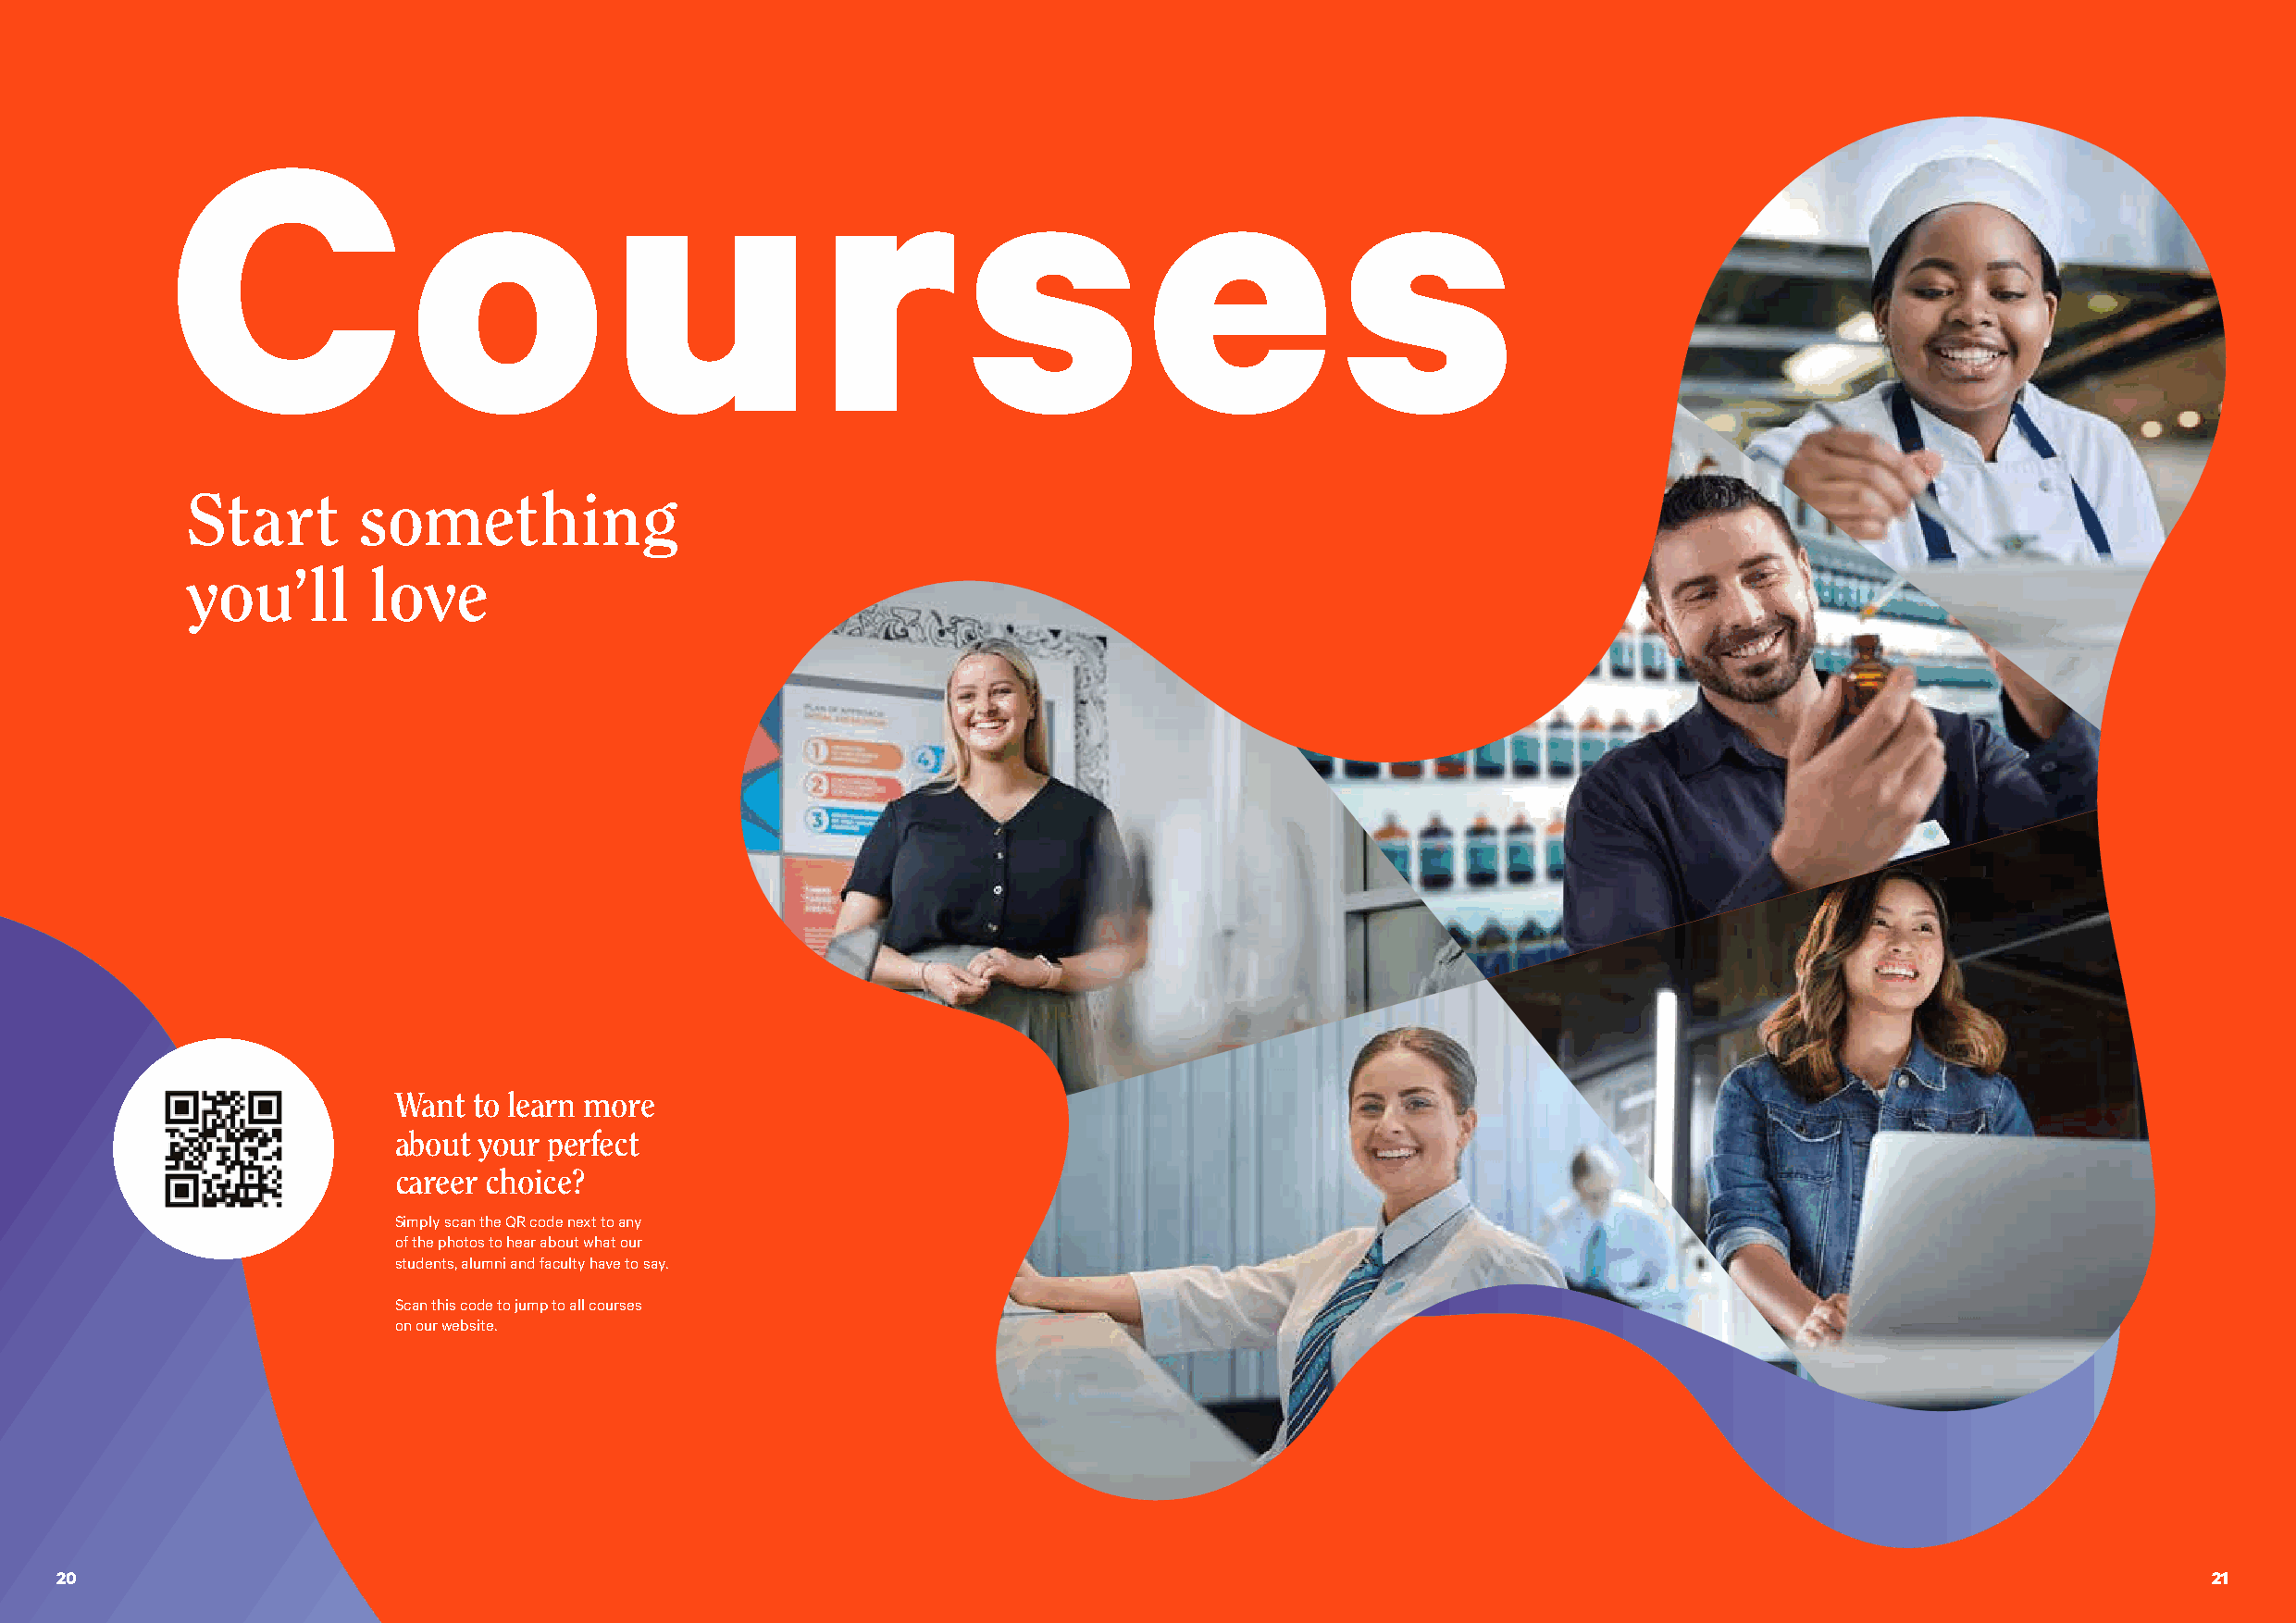
C                o              u              rs                     e             s
 Start        something
 you’ll       love
 Want  to learn more
 about your perfect
 career choice?
 Simply scan the QR code next to any
 of the photos to hear about what our
 students, alumni and faculty have to say.
 Scan this code to jump to all courses
 on our website.
 20                                                                                                                                                        21